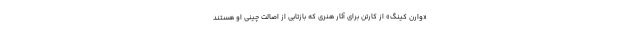
«وارن کینگ» از کارتن برای آثار هنری که بازتابی از اصالت چینی او هستند